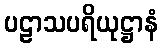
ပဠာသပရိယုဋ္ဌာနံ